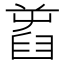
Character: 𦥾